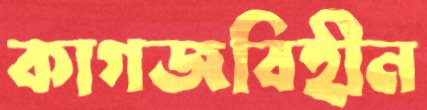
কাগজবিহীন